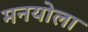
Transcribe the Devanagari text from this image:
मनयोला